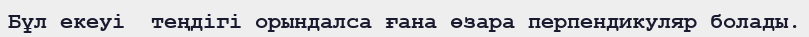
Бұл екеуі  теңдігі орындалса ғана өзара перпендикуляр болады.